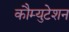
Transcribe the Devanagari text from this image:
कौम्युटेशन